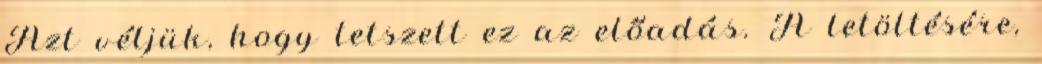
Azt véljük, hogy tetszett ez az előadás. A letöltésére,